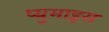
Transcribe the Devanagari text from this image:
प्युमाइस